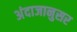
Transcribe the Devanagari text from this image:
अंदाजानुसर